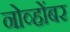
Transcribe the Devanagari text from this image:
नोव्होंबर